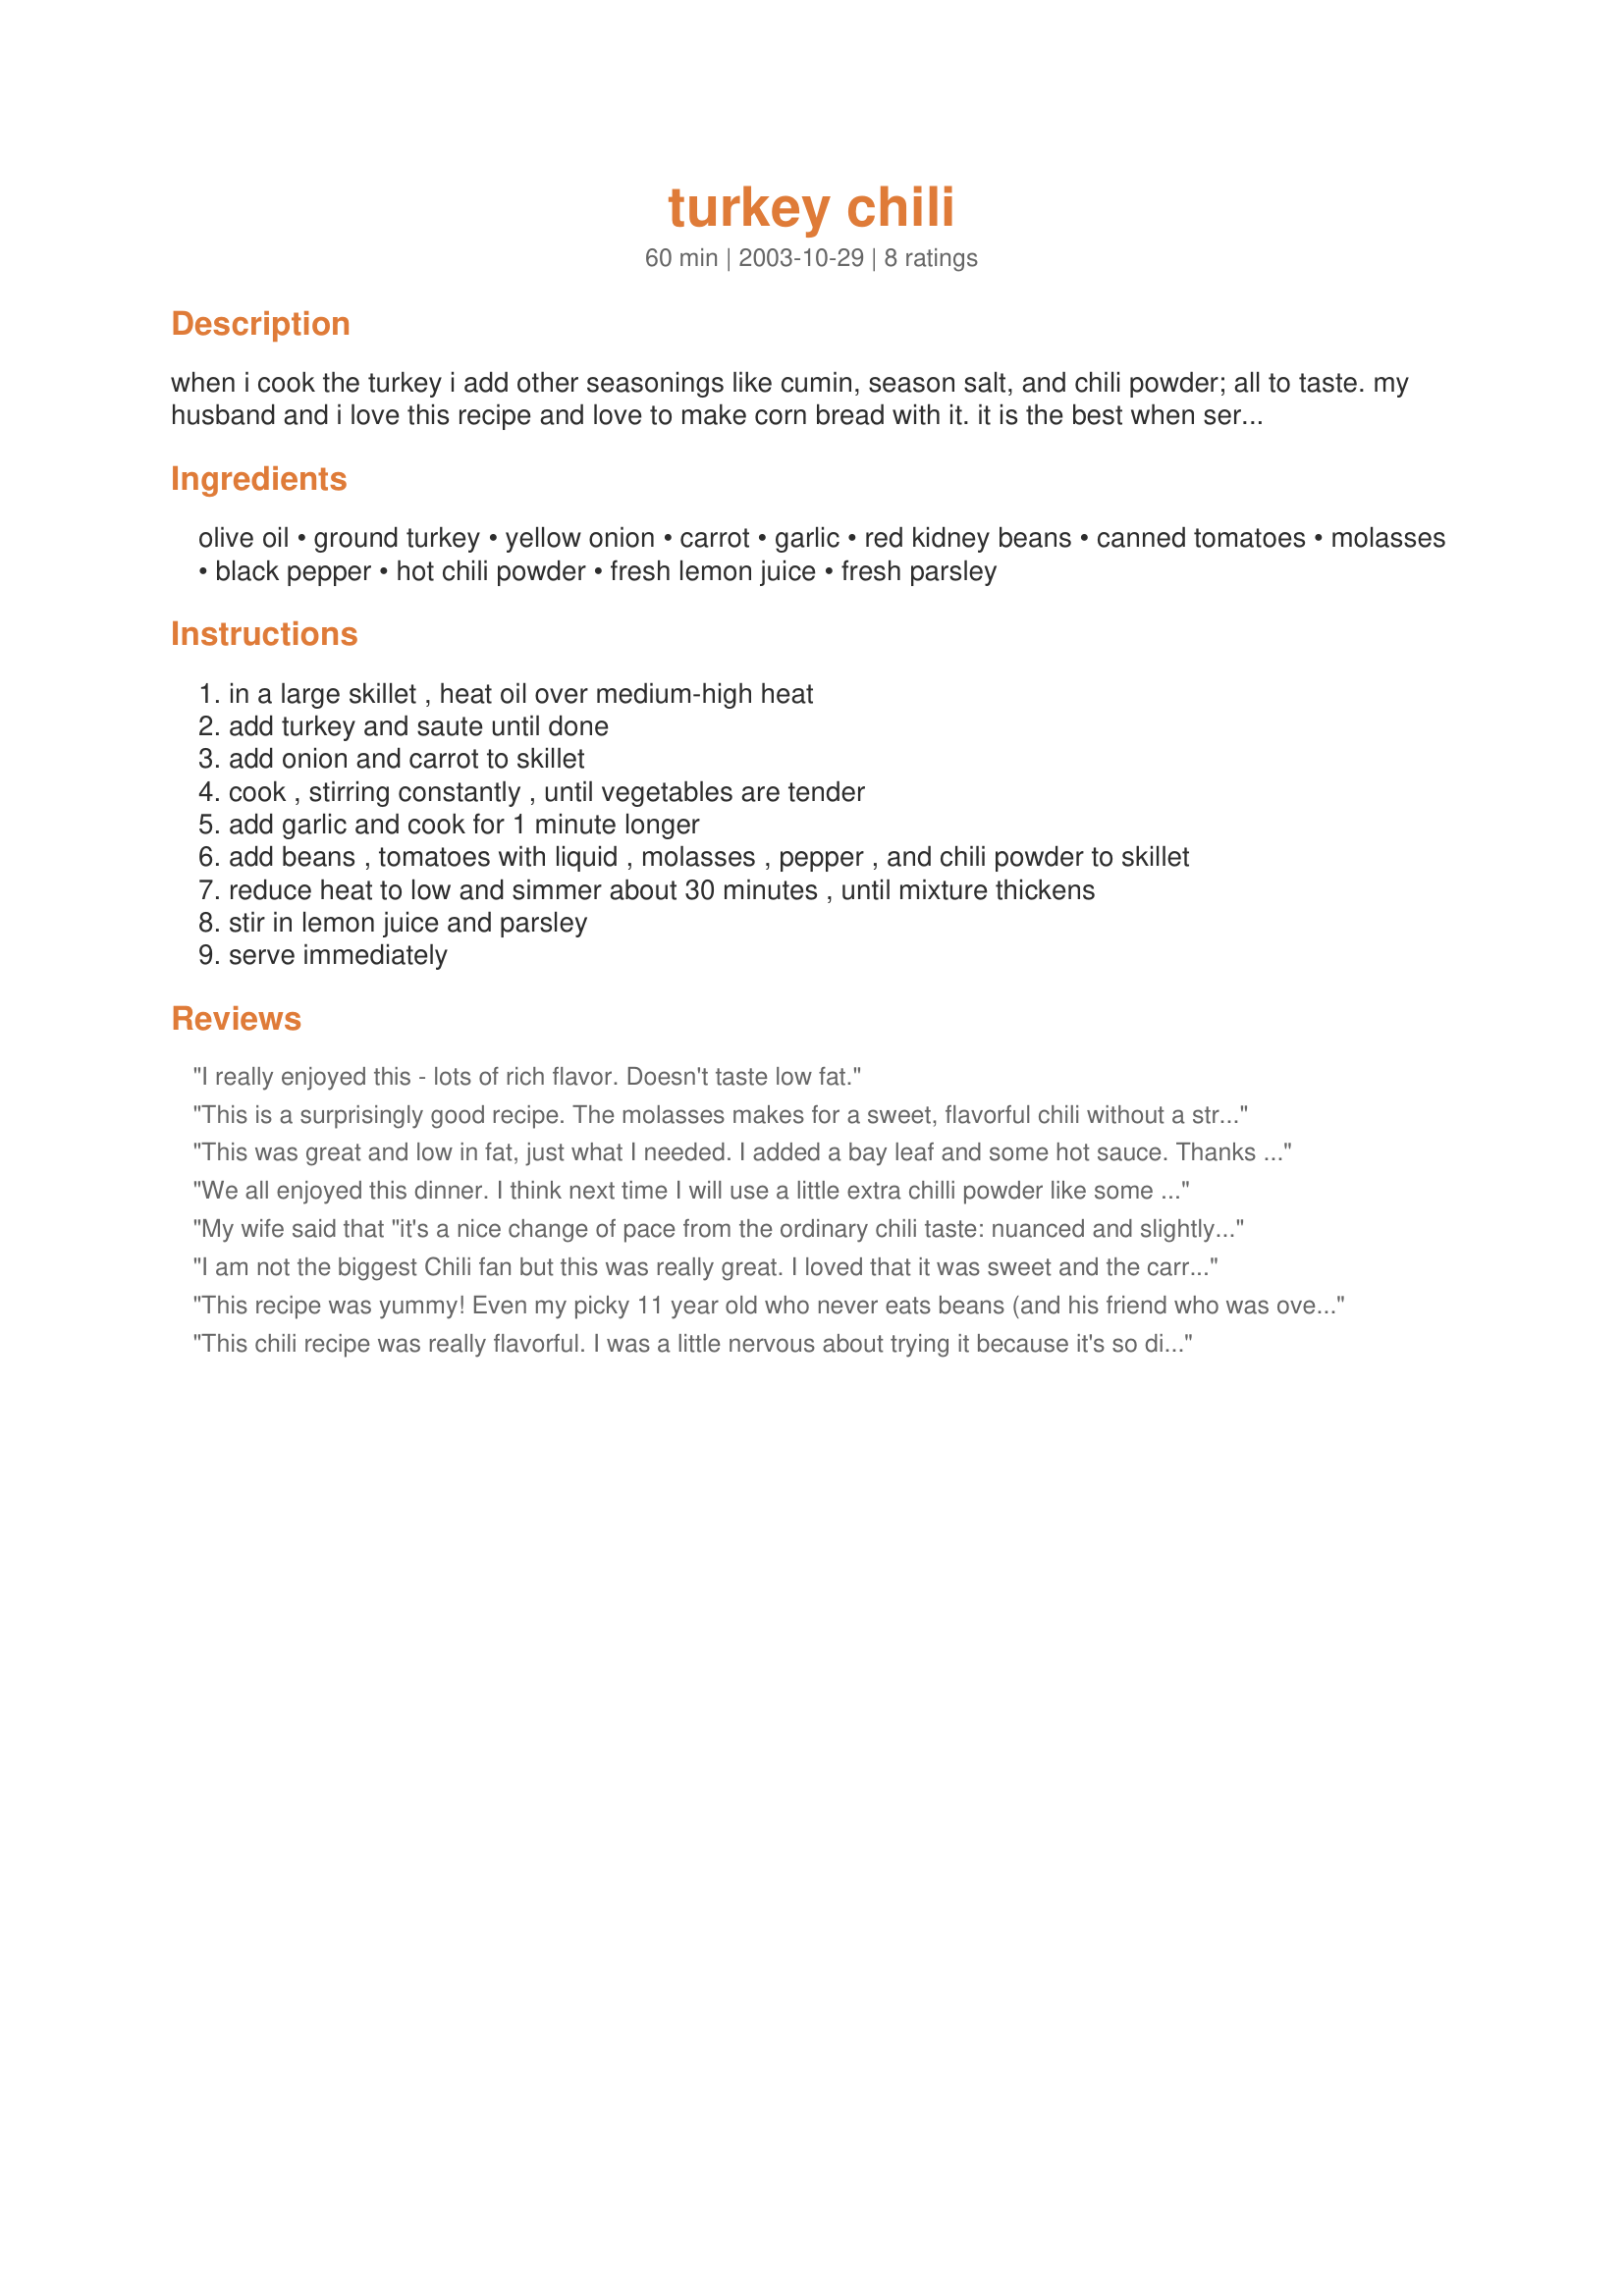
turkey chili
Preparation time: 60 minutes

when i cook the turkey i add other seasonings like cumin, season salt, and chili powder; all to taste. my husband and i love this recipe and love to make corn bread with it. it is the best when served the next day. it also freezes well!

Ingredients:
olive oil, ground turkey, yellow onion, carrot, garlic, red kidney beans, canned tomatoes, molasses, black pepper, hot chili powder, fresh lemon juice, fresh parsley

Steps:
in a large skillet , heat oil over medium-high heat
add turkey and saute until done
add onion and carrot to skillet
cook , stirring constantly , until vegetables are tender
add garlic and cook for 1 minute longer
add beans , tomatoes with liquid , molasses , pepper , and chili powder to skillet
reduce heat to low and simmer about 30 minutes , until mixture thickens
stir in lemon juice and parsley
serve immediately

Reviews:
I really enjoyed this - lots of rich flavor. Doesn't taste low fat.
This is a surprisingly good recipe. The molasses makes for a sweet, flavorful chili without a strong tomato flavor. I did not have hot chili powder on hand, so I used extra chili powder to spice it up a bit. The addition of lemon juice and parsley at the end really enhances the mild flavors of this chili. I am making another batch to freeze. Thank you for a wonderful low-fat recipe!
This was great and low in fat, just what I needed. I added a bay leaf and some hot sauce. Thanks it was great and will put it in my cook book.
 Ciao
We all enjoyed this dinner. I think next time I will use a little extra chilli powder like some others have for "more" chilli taste. Thanks
My wife said that "it's a nice change of pace from the ordinary chili taste: nuanced and slightly sweet." I say it was good and satisfying but maybe use more tomatoes next time. The wife disputes this since I used twice as much turkey as the recipe called for. We served this over a bed of brown rice and had a 2003 Kaiken Malbec to accompany the meal. The wine had lots of flavor and was a little bit spicy in a cinnamon/black pepper kiind of way. It didn't marry with the food perfectly but it didn't conflict with it either.
I am not the biggest Chili fan but this was really great. I loved that it was sweet and the carrots were really unique. I am definately going to repeat this recipe!
This recipe was yummy! Even my picky 11 year old who never eats beans (and his friend who was over at our house) raved about the chili! My husband liked it, too! I was surprised that the Molasses did not make the chili taste too sweet! I actually sauteed the onion, garlic and carrots together first, and used cilantro instead of parsley. Will definetely make this again!
This chili recipe was really flavorful. I was a little nervous about trying it because it's so different from what I normally do, but it really was delicious and satisfying. I made it last night and found myself wishing I had bought more beans so I could make another batch tonight.
